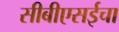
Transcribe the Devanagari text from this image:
सीबीएसईचा